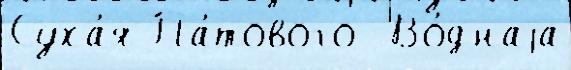
Суха́я Па́тового  Во́днаjа